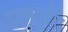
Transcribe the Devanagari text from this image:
राजगोर